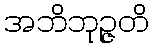
အဘိဘုဉ္ဇတိ